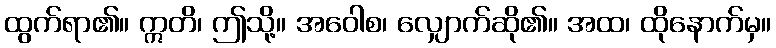
ထွက်ရာ၏။ ဣတိ၊ ဤသို့။ အဝေါစ၊ လျှောက်ဆို၏။ အထ၊ ထိုနောက်မှ။